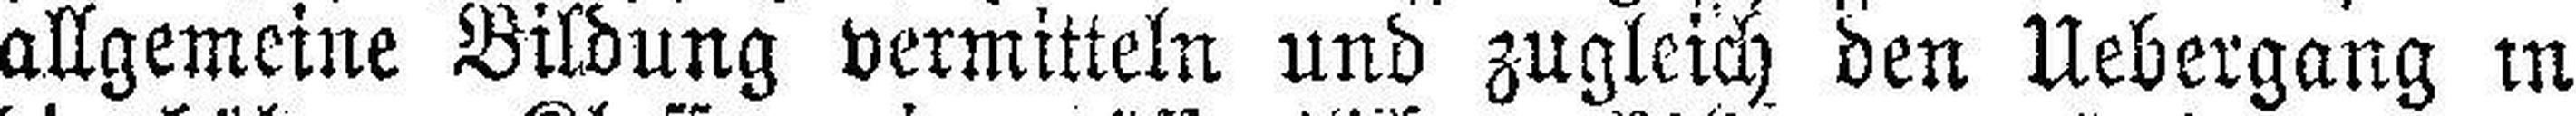
allgemeine Bildung vermitteln und zugleich den Uebergang in